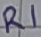
Text: R1